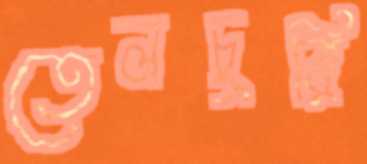
তেলচুরি